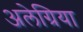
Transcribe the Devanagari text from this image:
अलेग्रिया